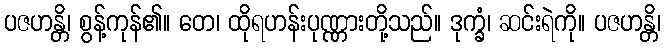
ပဇဟန္တိ၊ စွန့်ကုန်၏။ တေ၊ ထိုရဟန်းပုဏ္ဏားတို့သည်။ ဒုက္ခံ၊ ဆင်းရဲကို။ ပဇဟန္တိ၊